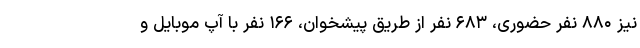
نیز ۸۸۰ نفر حضوری، ۶۸۳ نفر از طریق پیشخوان، ۱۶۶ نفر با آپ موبایل و